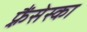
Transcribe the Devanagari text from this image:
फ़्रैंसेस्का